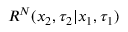
R ^ { N } ( x _ { 2 } , \tau _ { 2 } | x _ { 1 } , \tau _ { 1 } )